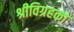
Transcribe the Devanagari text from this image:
श्रीविग्रहको